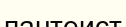
пантеист